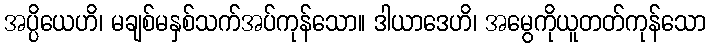
အပ္ပိယေဟိ၊ မချစ်မနှစ်သက်အပ်ကုန်သော။ ဒါယာဒေဟိ၊ အမွေကိုယူတတ်ကုန်သော